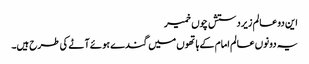
این دو عالم زیردستش چوں خمیر
یہ دونوں عالم امام کے ہاتھوں میں گندے ہوئے آٹے کی طرح ہیں۔